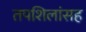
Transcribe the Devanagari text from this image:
तपशिलांसह